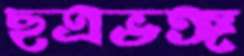
ছত্রভঙ্গ